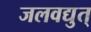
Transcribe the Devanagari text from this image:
जलवद्युत्‌